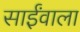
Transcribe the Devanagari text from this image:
साईंवाला